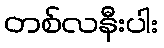
တစ်လနီးပါး